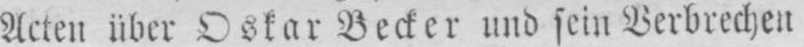
Acten über Oskar Becker und sein Verbrechen